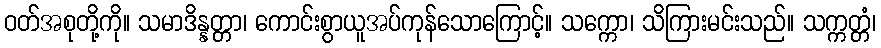
ဝတ်အစုတို့ကို။ သမာဒိန္နတ္တာ၊ ကောင်းစွာယူအပ်ကုန်သောကြောင့်။ သက္ကော၊ သိကြားမင်းသည်။ သက္ကတ္တံ၊